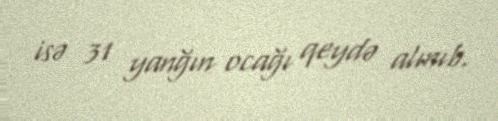
isə 31 yanğın ocağı qeydə alınıb.